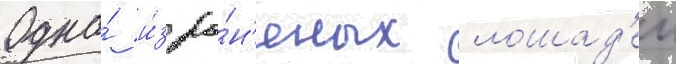
Одна́ и́з ра́н'еных лошад'еи